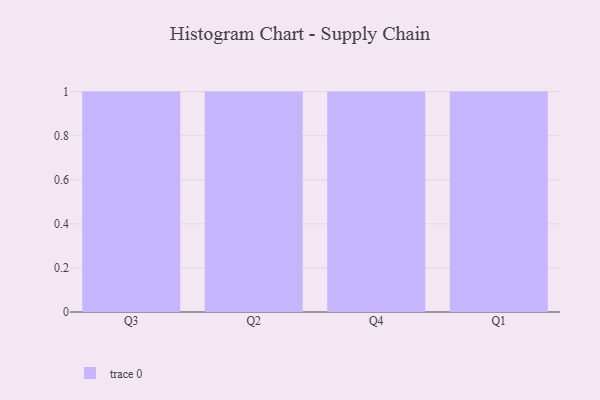
{"axis": {"x": "Quarter", "y": "Conversion Rate (%)"}, "legend": [""], "data": [{"x": "Q3", "y": 83, "type": ""}, {"x": "Q2", "y": 34, "type": ""}, {"x": "Q4", "y": 84, "type": ""}, {"x": "Q1", "y": 99, "type": ""}]}